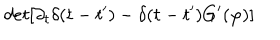
d e t [ \partial _ { t } \delta ( t - t ^ { \prime } ) - \delta ( t - t ^ { \prime } ) G ^ { \prime } ( \varphi ) ]